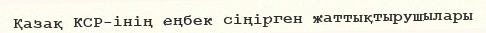
Қазақ КСР-інің еңбек сіңірген жаттықтырушылары